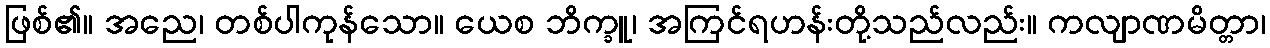
ဖြစ်၏။ အညေ၊ တစ်ပါကုန်သော။ ယေစ ဘိက္ခူ၊ အကြင်ရဟန်းတို့သည်လည်း။ ကလျာဏမိတ္တာ၊